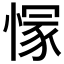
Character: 𱞿